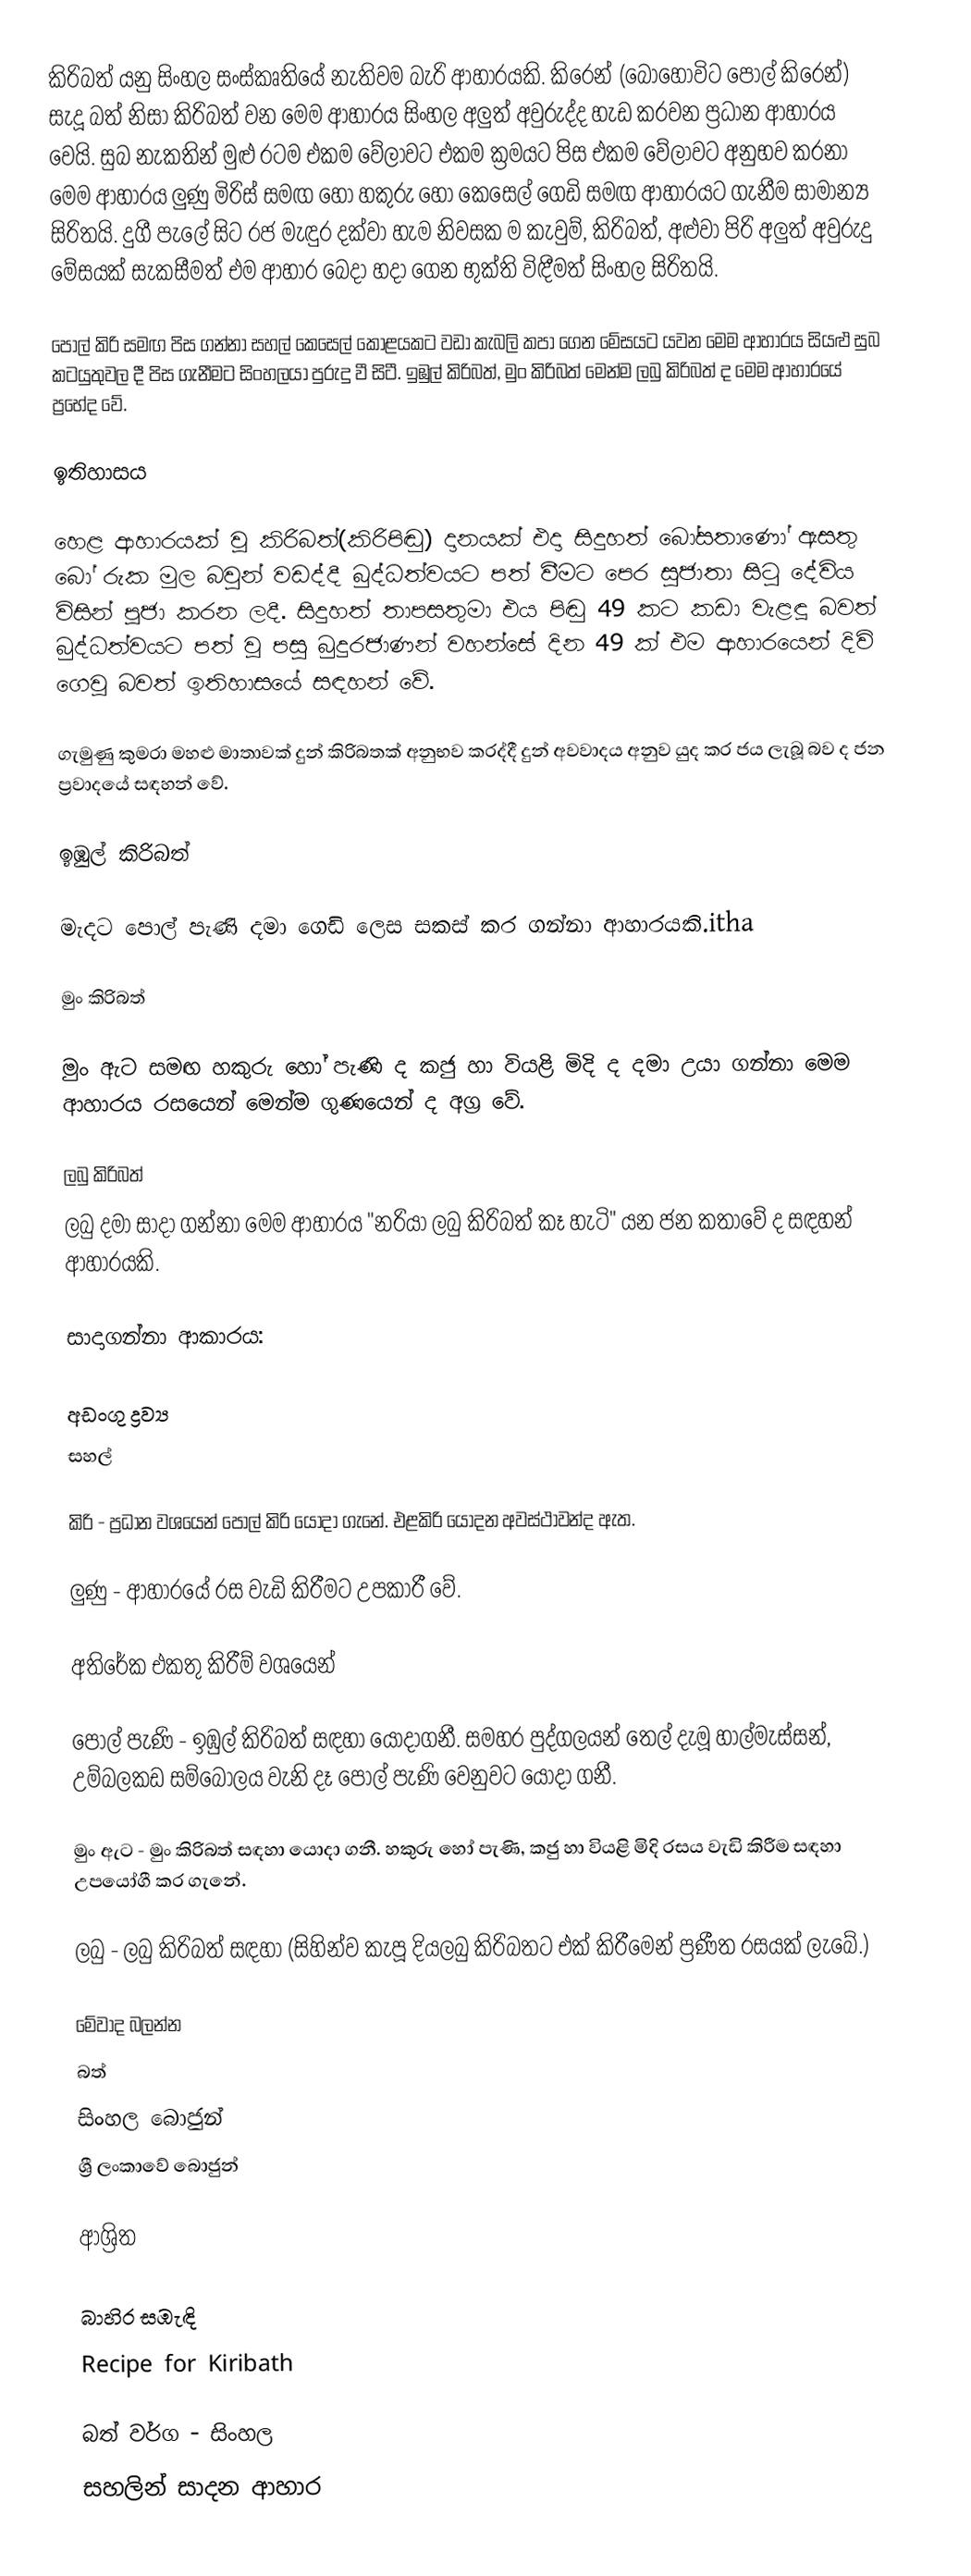
කිරිබත් යනු සිංහල සංස්කෘතියේ නැතිවම බැරි ආහාරයකි. කිරෙන් (බොහෝවිට පොල් කිරෙන්) සැදූ බත් නිසා කිරිබත් වන මෙම ආහාරය සිංහල අලුත් අවුරුද්ද හැඩ කරවන ප්‍රධාන ආහාරය වෙයි. සුබ නැකතින් මුළු රටම එකම වේලාවට එකම ක්‍රමයට පිස එකම වේලාවට අනුභව කරනා මෙම ආහාරය ලුණු මිරිස් සමඟ හෝ හකුරු හෝ කෙසෙල් ගෙඩි සමඟ ආහාරයට ගැනීම සාමාන්‍ය සිරිතයි. දුගී පැලේ සිට රජ මැඳුර දක්වා හැම නිවසක ම කැවුම්, කිරිබත්, අළුවා පිරි අලුත් අවුරුදු මේසයක් සැකසීමත් එම ආහාර බෙදා හදා ගෙන භුක්ති  විඳීමත් සිංහල සිරිතයි.

පොල් කිරි සමඟ පිස ගන්නා සහල් කෙසෙල් කොළයකට වඩා කැබලි කපා ගෙන මේසයට යවන මෙම ආහාරය සියළු  සුබ කටයුතුවල දී පිස ගැනීමට සිංහලයා පුරුදු වී සිටී. ඉඹුල් කිරිබත්, මුං කිරිබත් මෙන්ම ලබු කිරිබත් ද මෙම ආහාරයේ ප්‍රභේද වේ.

ඉතිහාසය

හෙළ ආහාරයක් වූ කිරිබත්(කිරිපිඬු) දානයක් එදා සිදුහත් බෝසතාණෝ ඇසතු බෝ රුක මුල බවුන් වඩද්දී බුද්ධත්වයට පත් වීමට පෙර සුජාතා සිටු දේවිය විසින් පූජා කරන ලදී.  සිදුහත් තාපසතුමා එය පිඬු 49 කට කඩා වැළඳූ බවත් බුද්ධත්වයට පත් වූ පසු බුදුරජාණන් වහන්සේ දින 49 ක් එම ආහාරයෙන් දිවි ගෙවූ බවත් ඉතිහාසයේ සඳහන් වේ.

ගැමුණු කුමරා මහළු මාතාවක් දුන් කිරිබතක් අනුභව කරද්දී දුන් අවවාදය අනුව යුද කර ජය ලැබූ බව ද ජන ප්‍රවාදයේ සඳහන් වේ.

ඉඹුල් කිරිබත්

මැදට පොල් පැණි දමා ගෙඩි ලෙස සකස් කර ගන්නා  ආහාරයකි.itha

මුං කිරිබත්

මුං ඇට සමඟ හකුරු හෝ පැණි ද කජු හා වියළි මිදි ද දමා උයා ගන්නා මෙම ආහාරය රසයෙන් මෙන්ම ගුණයෙන් ද අග්‍ර වේ.

ලබු කිරිබත්
ලබු දමා සාදා ගන්නා මෙම ආහාරය "නරියා ලබු කිරිබත් කෑ හැටි" යන ජන කතාවේ ද සඳහන් ආහාරයකි.

සාදාගන්නා ආකාරය:

අඩංගු ද්‍රව්‍ය
සහල්

කිරි - ප්‍රධාන වශයෙන් පොල් කිරි යොදා ගැනේ.  එළකිරි යොදන අවස්ථාවන්ද ඇත.

ලුණු - ආහාරයේ රස වැඩි කිරීමට උපකාරී වේ.

අතිරේක එකතු කිරීම් වශයෙන්

පොල් පැණි - ඉඹුල් කිරිබත් සඳහා යොදාගනී. සමහර පුද්ගලයන් තෙල් දැමූ හාල්මැස්සන්, උම්බලකඩ සම්බෝලය වැනි දෑ පොල් පැණි වෙනුවට යොදා ගනී.

මුං ඇට - මුං කිරිබත් සඳහා යොදා ගනී. හකුරු හෝ පැණි, කජු හා වියළි මිදි රසය වැඩි කිරීම සඳහා උපයෝගී කර ගැනේ.

ලබු - ලබු කිරිබත් සඳහා (සිහින්ව කැපූ දියලබු කිරිබතට එක් කිරීමෙන් ප්‍රණීත රසයක් ලැබේ.)

මේවාද බලන්න
බත්
සිංහල බොජුන්
 ශ්‍රී ලංකාවේ බොජුන්

ආශ්‍රිත

බාහිර සඹැඳි
Recipe for Kiribath

බත් වර්ග - සිංහල
සහලින් සාදන ආහාර